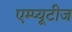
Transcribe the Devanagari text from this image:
एम्प्यूटीज